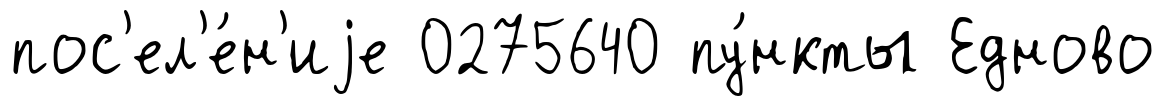
пос'ел'е́н'иjе 0275640 пу́нкты Едново